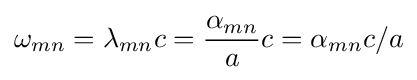
\omega _{mn}=\lambda _{mn}c={\dfrac {\alpha _{mn}}{a}}c=\alpha _{mn}c/a